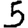
Digit: 5